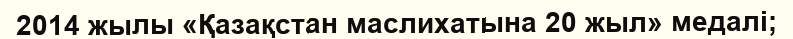
2014 жылы «Қазақстан маслихатына 20 жыл» медалі;